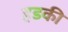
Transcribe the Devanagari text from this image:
हडकी